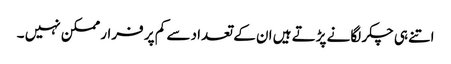
اتنے ہی چکر لگانے پڑتے ہیں ان کے تعداد سے کم پر فرار ممکن نہیں ۔